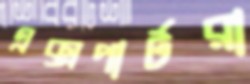
এক্সপার্টরা